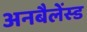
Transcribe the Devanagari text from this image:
अनबैलेंस्ड